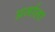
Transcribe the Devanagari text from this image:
अर्जाला